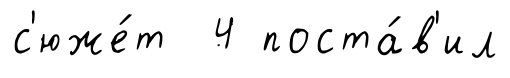
с'юже́т 4 поста́в'ил